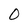
Character: 0